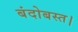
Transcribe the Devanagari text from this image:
बंदोबस्त।